School population in Scotland, 1937
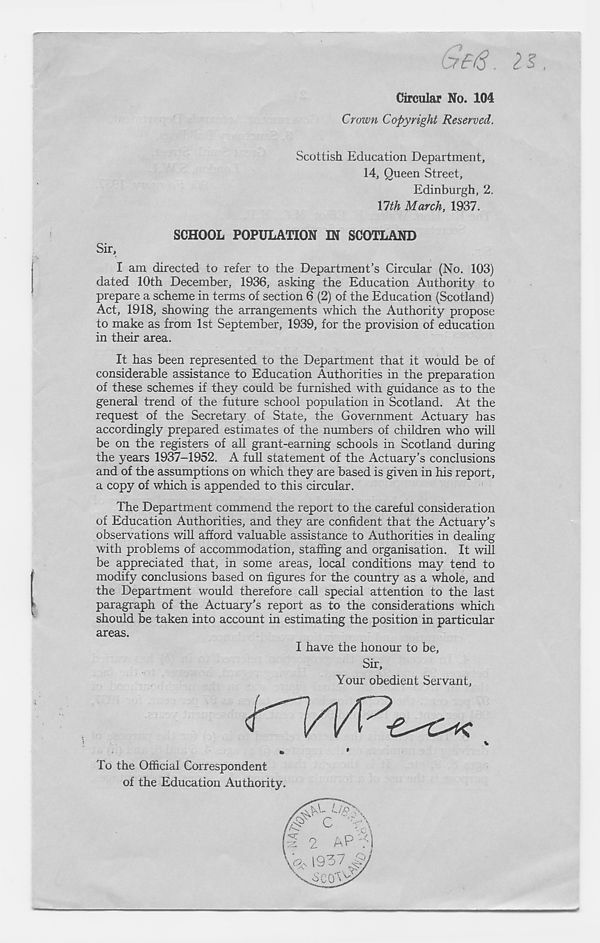
be/S.
Circular No. 104
Crown Copyright Reserved.
Scottish Education Department,
14, Queen Street,
Edinburgh, 2,
\lth March, 1937.
SCHOOL POPULATION IN SCOTLAND
Sir,
I am directed to refer to the Department’s Circular (No. 103)
dated 10th December, 1936, asking the Education Authority to
prepare a scheme in terms of section 6 (2) of the Education (Scotland)
Act, 1918, showing the arrangements which the Authority propose
to make as from 1st September, 1939, for the provision of education
in their area.
It has been represented to the Department that it would be of
considerable assistance to Education Authorities in the preparation
of these schemes if they could be furnished with guidance as to the
general trend of the future school population in Scotland. At the
request of the Secretary of State, the Government Actuary has
accordingly prepared estimates of the numbers of children who will
be on the registers of all grant-earning schools in Scotland during
the years 1937-1952. A full statement of the Actuary’s conclusions
and of the assumptions on which they are based is given in his report,
a copy of which is appended to this circular.
The Department commend the report to the careful consideration
of Education Authorities, and they are confident that the Actuary’s
observations will afford valuable assistance to Authorities in dealing
with problems of accommodation, staffing and organisation. It will
be appreciated that, in some areas, local conditions may tend to
modify conclusions based on figures for the country as a whole, and
the Department would therefore call special attention to the last
paragraph of the Actuary’s report as to the considerations which
should be taken into account in estimating the position in particular
areas.
I have the honour to be,
Sir,
Your obedient Servant,
»
•
To the Official Correspondent
of the Education Authority.